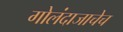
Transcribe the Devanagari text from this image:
गोलंदाजाचेच